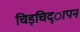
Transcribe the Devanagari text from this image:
चिड़चिद्ापन